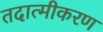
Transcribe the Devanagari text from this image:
तदात्मीकरण